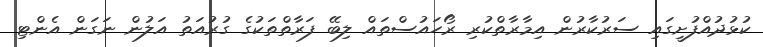
ކުޅުދުއްފުށީގައި ސަރުކާރުން އިމާރާތްކުރި ރޯހައުސްތައް ލިބޭ ފަރާތްތަކުގެ ގުރުއަތު އަލުން ނަގަން އެންޓި